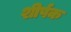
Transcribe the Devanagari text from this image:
शीर्षक